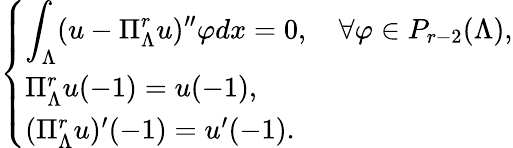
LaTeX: \begin{array}{r}{\left\{ \begin{array}{ll}{\displaystyle\int_{\Lambda}(u-\Pi_{\Lambda}^{r}u)^{\prime\prime}\varphi dx=0,\quad\forall\varphi\in P_{r-2}(\Lambda),}\\ {\Pi_{\Lambda}^{r}u(-1)=u(-1),}\\ {(\Pi_{\Lambda}^{r}u)^{\prime}(-1)=u^{\prime}(-1).}\end{array}\right.}\end{array}